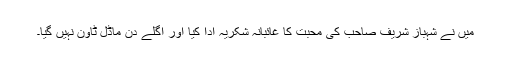
میں نے شہباز شریف صاحب کی محبت کا غائبانہ شکریہ ادا کیا اور اگلے دن ماڈل ٹاؤن نہیں گیا۔